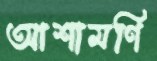
আশামণি